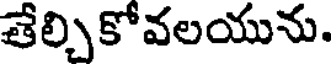
తేల్చికోవలయును.